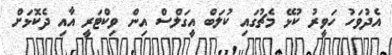
އެދުވަހު ހަވީރު ކުޅޭ މެޗުގައި ކުލަބް އީގަލްސް އިން ވިކްޓަރީ އާއި ދެކޮޅަށް